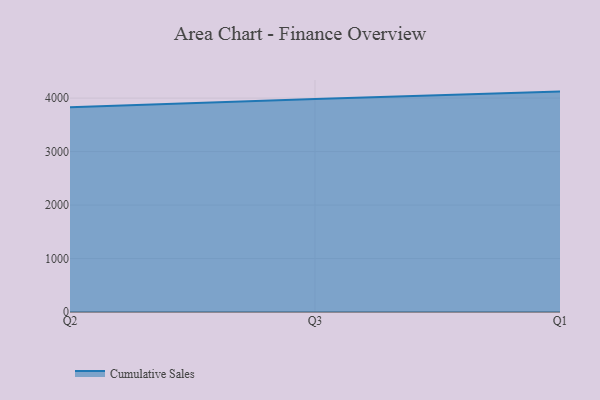
{"axis": {"x": "Quarter", "y": "Bounce Rate (%)"}, "legend": ["Cumulative Sales"], "data": [{"x": "Q2", "y": 3831.1, "type": "Cumulative Sales"}, {"x": "Q3", "y": 3983.6, "type": "Cumulative Sales"}, {"x": "Q1", "y": 4121.5, "type": "Cumulative Sales"}]}